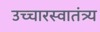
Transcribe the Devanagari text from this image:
उच्चारस्वातंत्र्य